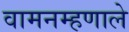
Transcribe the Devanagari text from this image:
वामनम्हणाले